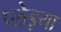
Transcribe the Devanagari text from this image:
प्लेइया